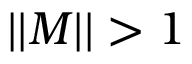
| | \boldsymbol { M } | | > 1